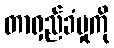
တာရှည်ခံမှုကို